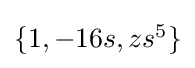
{\textstyle \{1,-16s,zs^{5}\}}